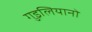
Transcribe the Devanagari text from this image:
गुइलियानो